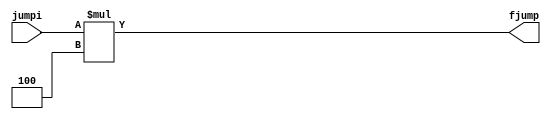
module shiftleft(jumpi,fjump);
input[25:0] jumpi;
output[27:0] fjump;
assign fjump=jumpi*4;


endmodule